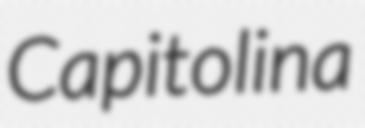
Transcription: Capitolina